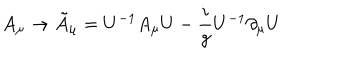
A _ { \mu } \rightarrow \tilde { A } _ { \mu } = U ^ { - 1 } A _ { \mu } U - { \frac { i } { g } } U ^ { - 1 } \partial _ { \mu } U